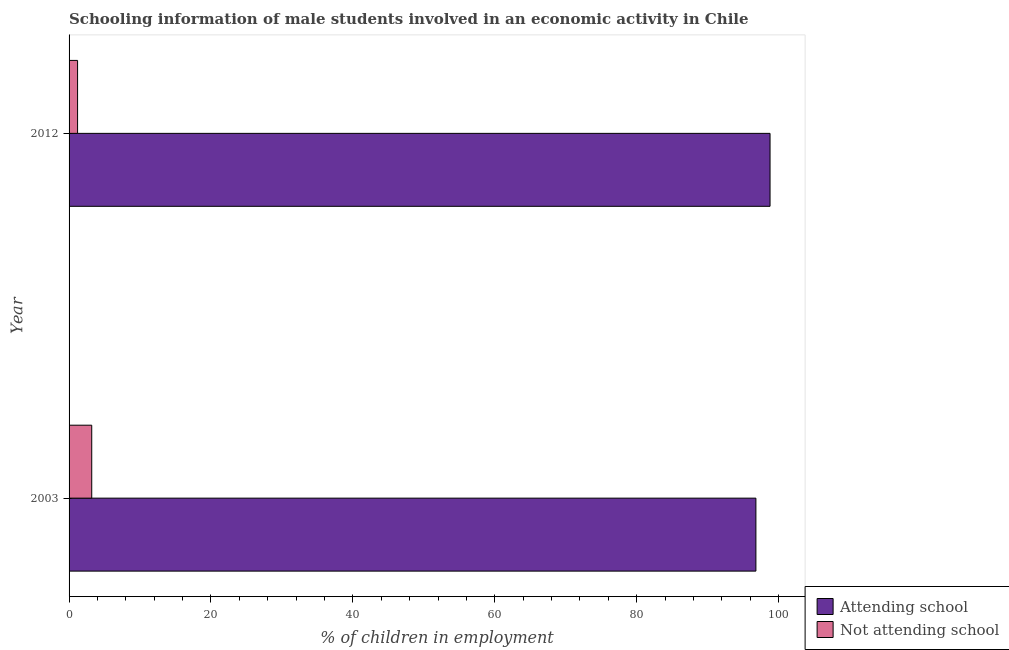
| Year | Attending school | Not attending school |
 | --- | --- | --- |
 | 2003 | 96.8 | 3.19 |
 | 2012 | 98.8 | 1.2 |